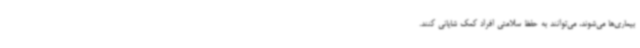
بیماری‌ها می‌شوند، می‌توانند به حفظ سلامتی افراد کمک شایانی کنند.